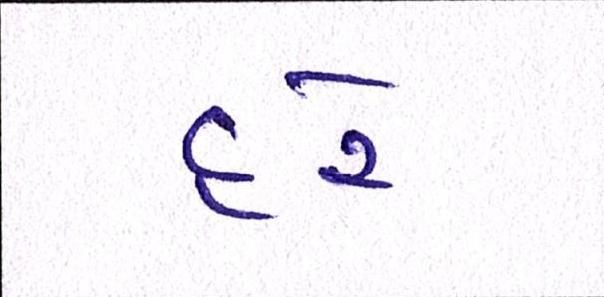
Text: દરે